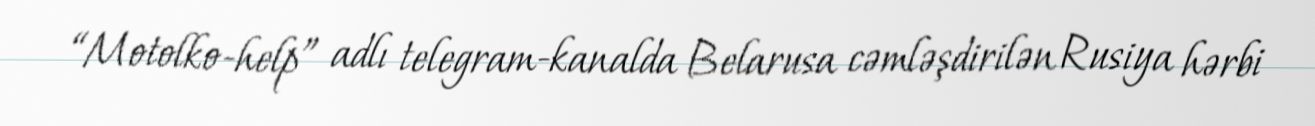
“Motolko-help” adlı telegram-kanalda Belarusa cəmləşdirilən Rusiya hərbi